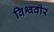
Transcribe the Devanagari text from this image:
विश्ववीर